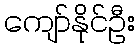
ကျော်နိုင်ဦး